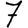
Digit: 7